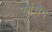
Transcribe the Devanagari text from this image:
रगंभेद